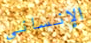
الإنساني